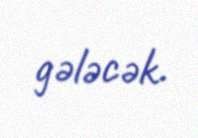
gələcək.